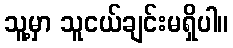
သူ့မှာ သူငယ်ချင်းမရှိပါ။